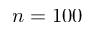
n = 1 0 0